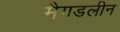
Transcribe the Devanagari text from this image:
मैगडलीन